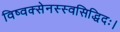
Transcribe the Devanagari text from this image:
विष्वक्सेनस्स्वसिद्धिदः।